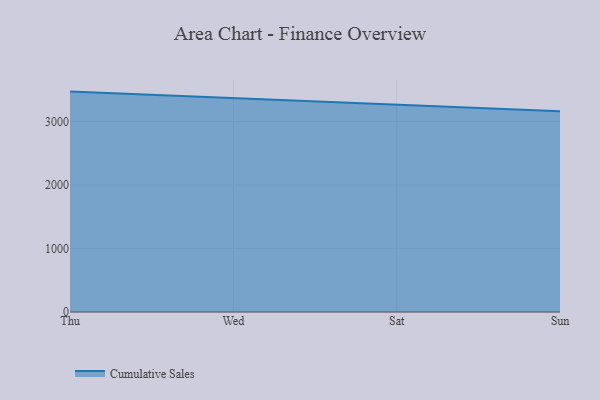
{"axis": {"x": "Day", "y": "Latency (ms)"}, "legend": ["Cumulative Sales"], "data": [{"x": "Thu", "y": 3471.6, "type": "Cumulative Sales"}, {"x": "Wed", "y": 3368.8, "type": "Cumulative Sales"}, {"x": "Sat", "y": 3259.2, "type": "Cumulative Sales"}, {"x": "Sun", "y": 3163.1, "type": "Cumulative Sales"}]}